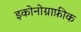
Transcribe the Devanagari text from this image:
इकोनोग्राफ़ीक